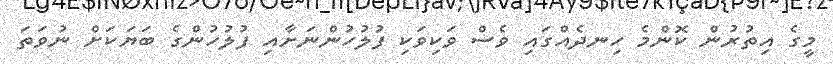
މީގެ އިތުރުން ކޮންމެ ހިނދެއްގައި ވެސް ވަކިވަކި ފުލުހުންނަށާއި ފުލުހުންގެ ބަޔަކަށް ނުވަތަ